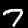
Digit: 7